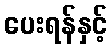
ပေးရန်နှင့်